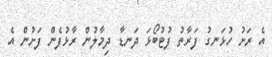
އެ ރަށު ހުޅަނގު ފަރާތު ފުޓުބޯޅަ ދަނޑާ ދިމާލުން ރާޅުފެން ފަށުން އެ